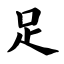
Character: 足